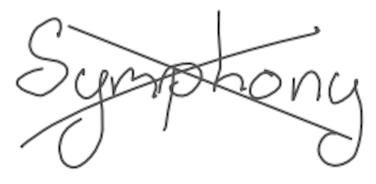
Text: Symphony
Cross-out: cross
Writing tool: digital_gray